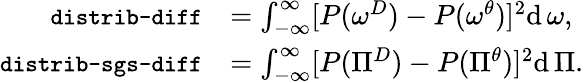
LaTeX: \begin{array}{rl}{\texttt{\small distrib-diff}}&{=\int_{-\infty}^{\infty}[P(\omega^{D})-P(\omega^{\theta})]^{2}\mathrm{d}\, \omega,}\\ {\texttt{\small distrib-sgs-diff}}&{=\int_{-\infty}^{\infty}[P(\Pi^{D})-P(\Pi^{\theta})]^{2}\mathrm{d}\, \Pi.}\end{array}